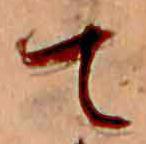
て